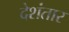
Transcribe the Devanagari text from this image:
देशंतार